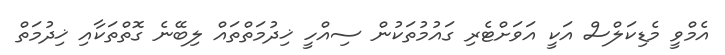
އެމްވީ މެޑިކަލްސް އަކީ އަވަށްޓެރި ގައުމުތަކުން ސިއްހީ ޚިދުމަތްތައް ލިބޭނެ ގޮތްތަކާއި ޚިދުމަތް